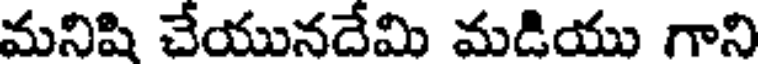
మనిషి చేయునదేమి మడియు గాని